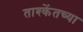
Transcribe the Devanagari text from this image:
ताश्केंतच्या